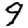
Digit: 9